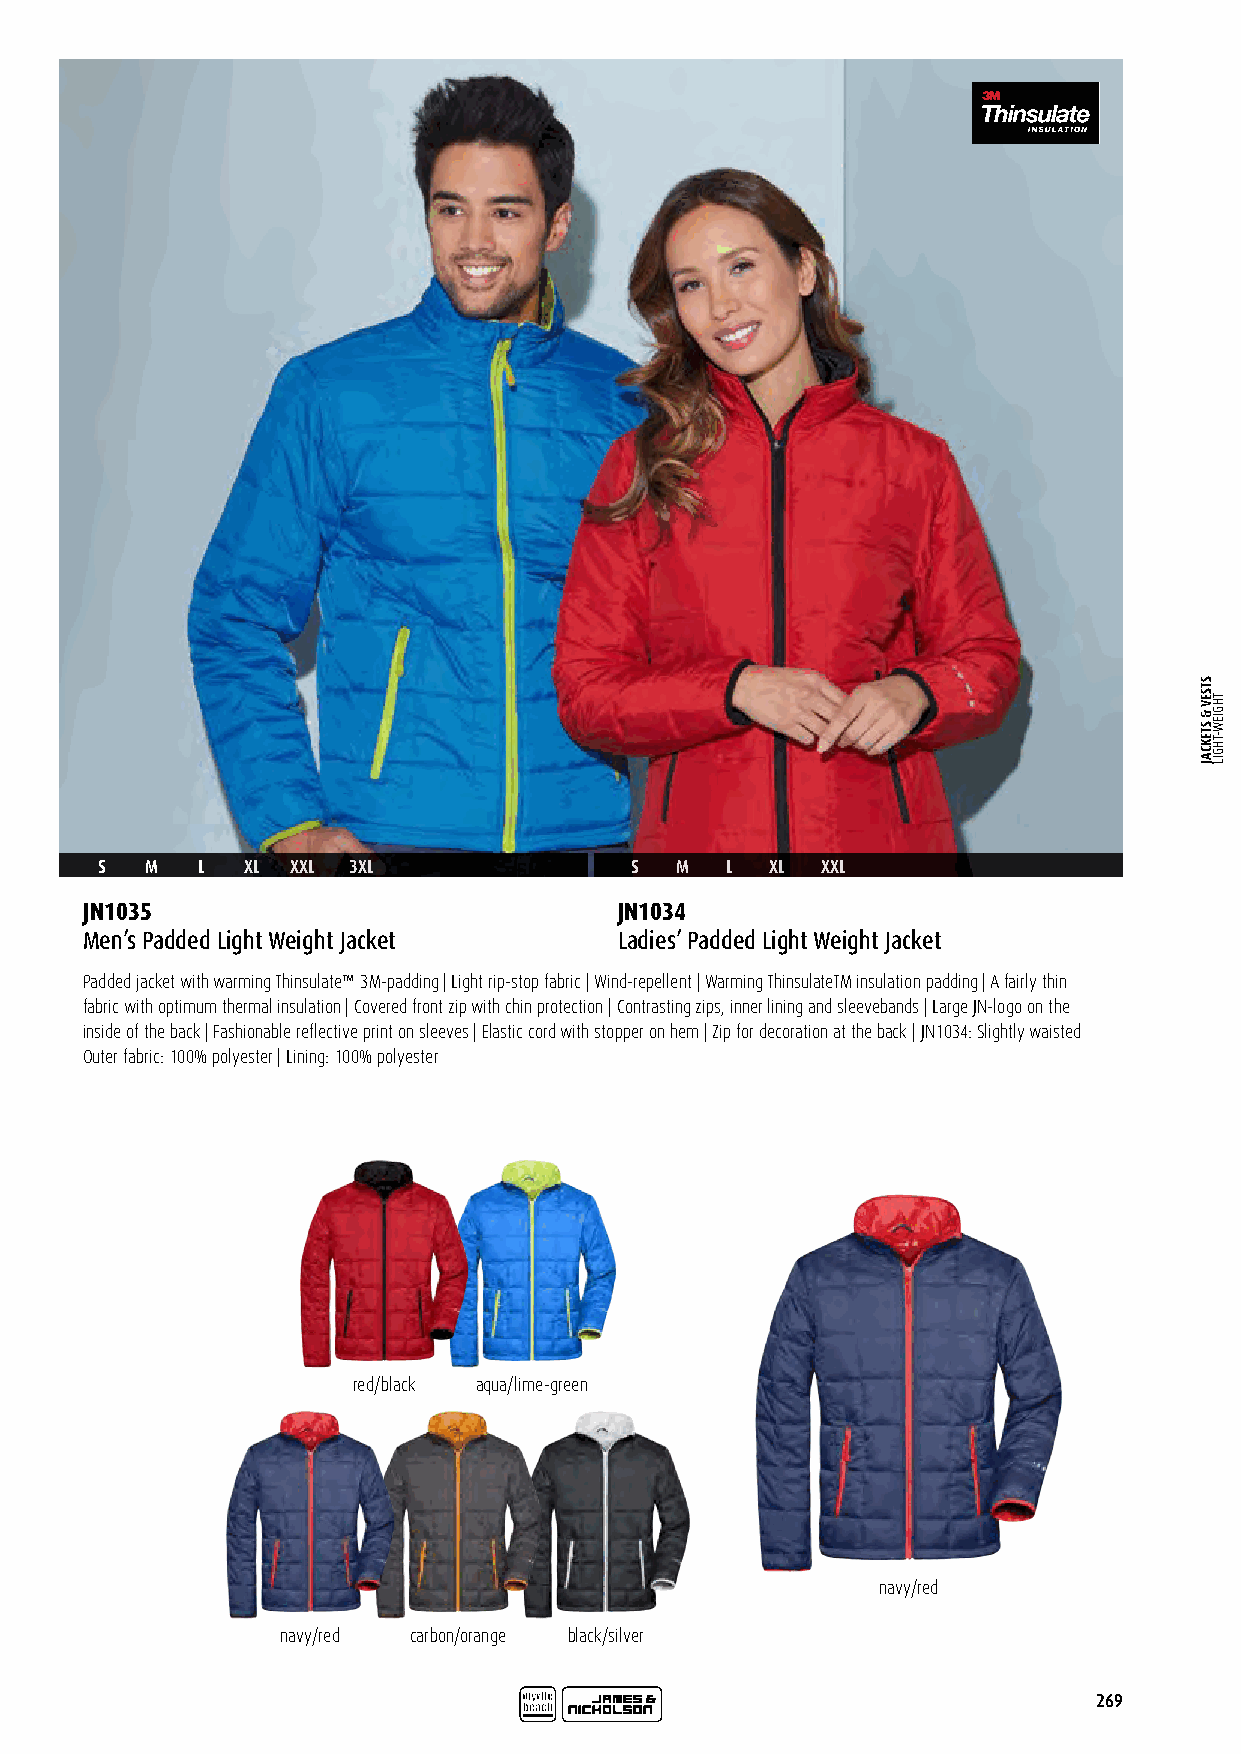
S   M  L  XL XXL 3XL                S  M  L  XL XXL
 JN1035                              JN1034
 Men’s Padded Light Weight Jacket    Ladies’ Padded Light Weight Jacket
 Padded jacket with warming Thinsulate™ 3M-padding | Light rip-stop fabric | Wind-repellent | Warming ThinsulateTM insulation padding | A fairly thin
 fabric with optimum thermal insulation | Covered front zip with chin protection | Contrasting zips, inner lining and sleevebands | Large JN-logo on the
 inside of the back | Fashionable reflective print on sleeves | Elastic cord with stopper on hem | Zip for decoration at the back | JN1034: Slightly waisted
 Outer fabric: 100% polyester | Lining: 100% polyester
 red/black aqua/lime-green
 navy/red
 navy/red carbon/orange black/silver
 269
 STSEV
 &
 STEKCAJ
 THGIEW-THGIL